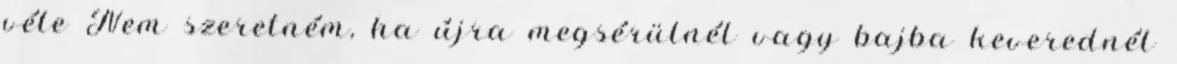
véle Nem szeretném, ha újra megsérülnél vagy bajba keverednél